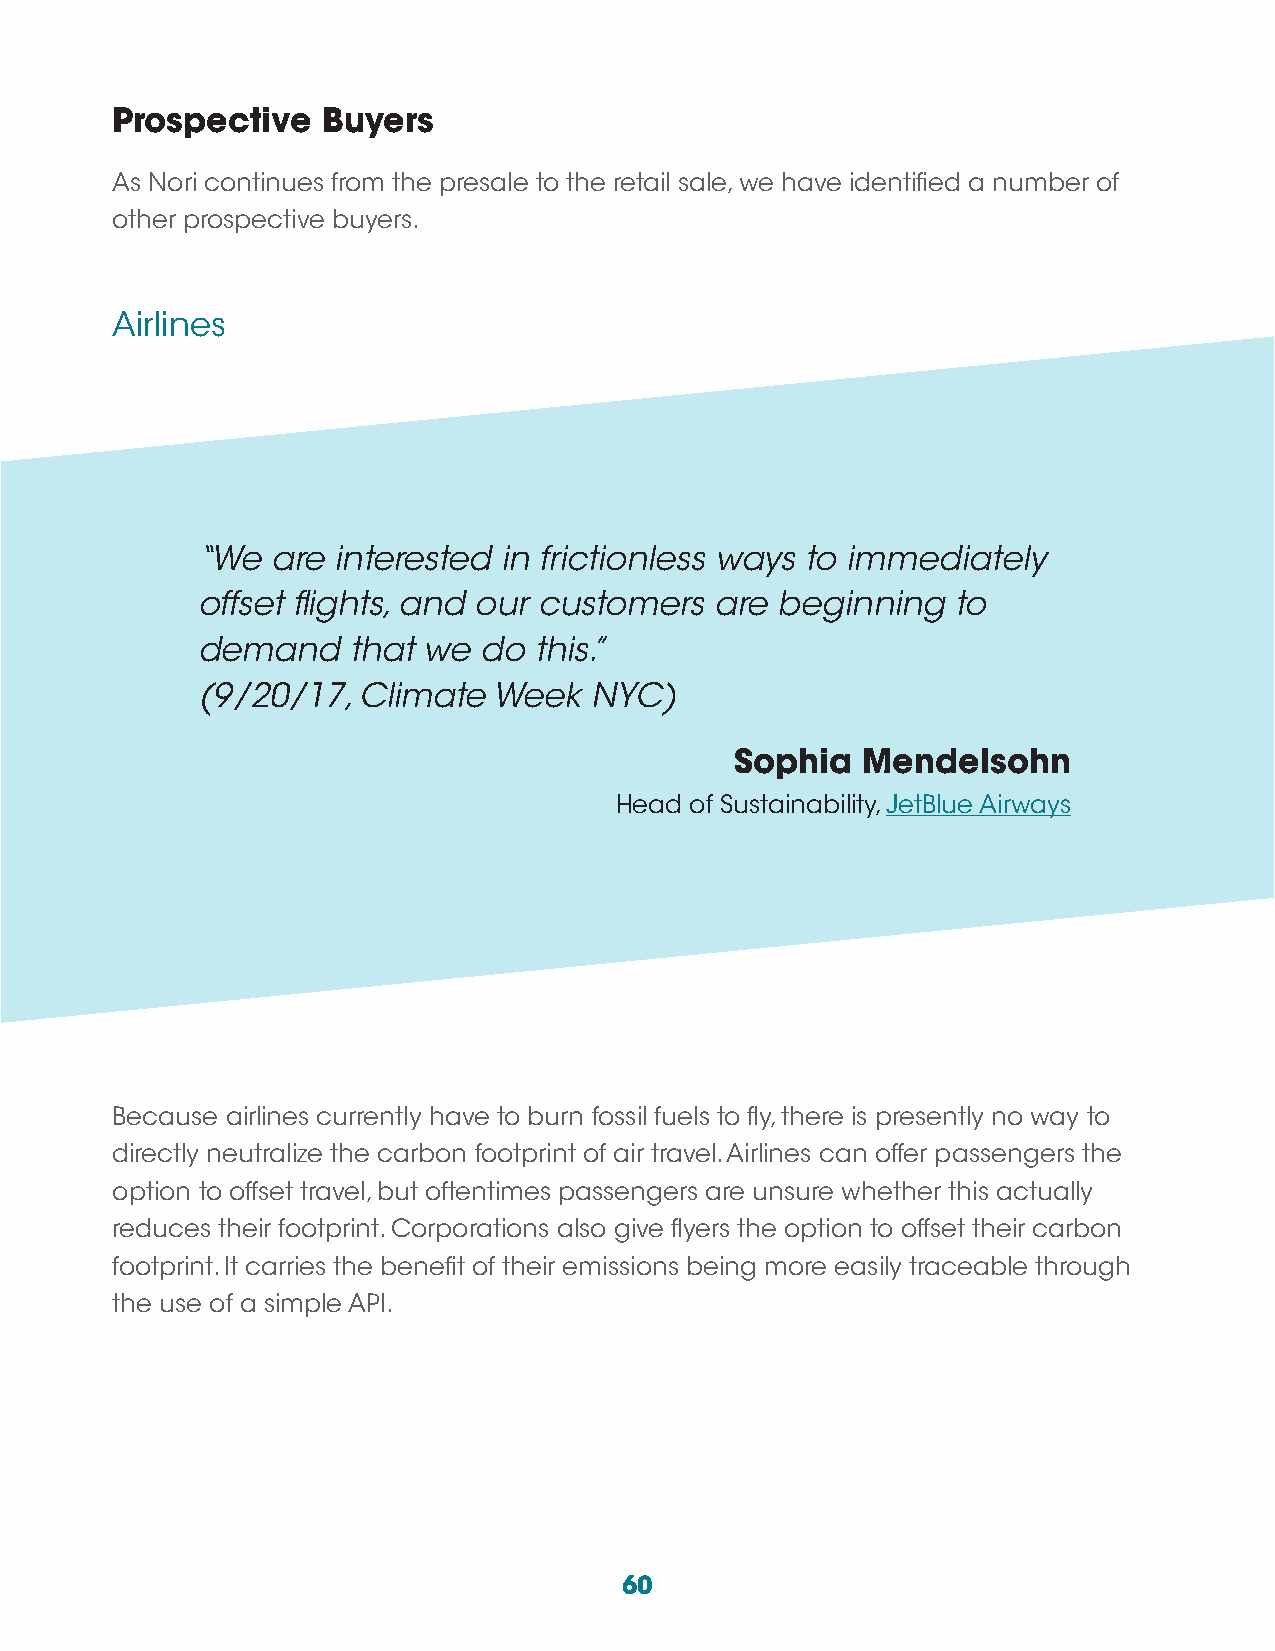
Prospective   Buyers
 As Nori continues from the presale to the retail sale, we have identified a number of
 other prospective buyers.
 Airlines
 “We  are interested in frictionless ways to immediately
 offset flights, and our customers are beginning   to
 demand    that we  do this.”
 (9/20/17,  Climate  Week  NYC)
 Sophia  Mendelsohn
 Head of Sustainability, JetBlue Airways
 Because airlines currently have to burn fossil fuels to fly, there is presently no way to
 directly neutralize the carbon footprint of air travel. Airlines can offer passengers the
 option to offset travel, but oftentimes passengers are unsure whether this actually
 reduces their footprint. Corporations also give flyers the option to offset their carbon
 footprint. It carries the benefit of their emissions being more easily traceable through
 the use of a simple API.
 60